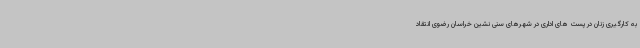
به کارگیری زنان در پست های اداری در شهرهای سنی نشین خراسان رضوی انتقاد